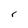
Character: r